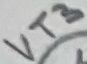
Text: VT3